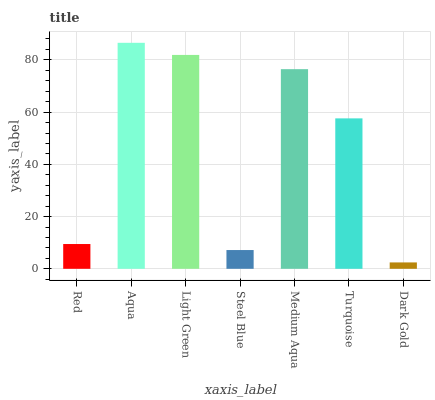
| xaxis_label | bars |
 | --- | --- |
 | Red | 9.49 |
 | Aqua | 86.5 |
 | Light Green | 81.9 |
 | Steel Blue | 7.19 |
 | Medium Aqua | 76.4 |
 | Turquoise | 57.6 |
 | Dark Gold | 2.45 |